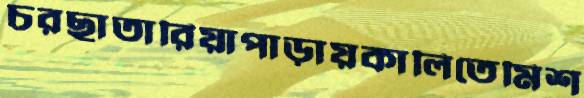
চরছাতারিয়াপাড়ায়কালিতেমিশ